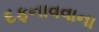
દફનાવવાના